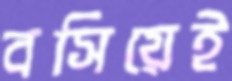
বসিয়েই